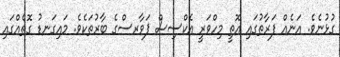
ގުޅުނެވެ. އަނެއް ފަރާތުގައި އޮތީ މިހްވަރީ އެކްސިސް ޕަވާރސްގެ ބާރުތަކެވެ. މައިގަނޑު ގޮތެއްގައި